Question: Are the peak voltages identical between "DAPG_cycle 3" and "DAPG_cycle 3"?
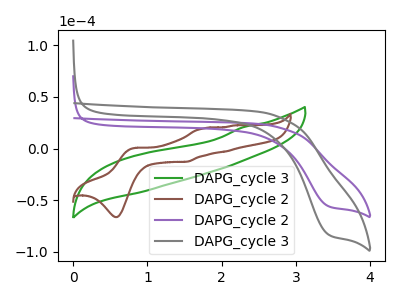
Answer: <think>The green curve "DAPG_cycle 3" has no peaks. The brown curve "DAPG_cycle 2" has anodic peaks at (0.85V, 0.80uA) (1.75V, 19.85uA) (2.05V, -2.70uA) (2.15V, 22.45uA) and cathodic peaks at (0.60V, -66.20uA) (1.55V, -12.70uA). The purple curve "DAPG_cycle 2" has a cathodic peak at: (3.45V, -55.60uA). The gray curve "DAPG_cycle 3" has a cathodic peak at: (3.45V, -82.95uA).</think>
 <answer>No, "DAPG_cycle 3" and "DAPG_cycle 3" have a different number of peaks.</answer>
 <eval>different_amount</eval>